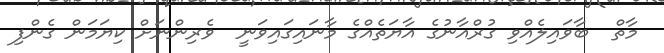
މާތް  ބާވައިލެއްވި ގުރްއާނުގެ އާޔަތެއްގެ މާނައިގައިވަނީ  ވެރިންނަށް ކިޔަމަން ގެންފި